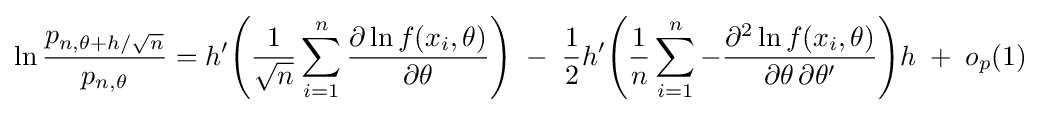
\ln {\frac {p_{n,\theta +h/{\sqrt {n}}}}{p_{n,\theta }}}=h'{\Bigg (}{\frac {1}{\sqrt {n}}}\sum _{i=1}^{n}{\frac {\partial \ln f(x_{i},\theta )}{\partial \theta }}{\Bigg )}\;-\;{\frac {1}{2}}h'{\Bigg (}{\frac {1}{n}}\sum _{i=1}^{n}-{\frac {\partial ^{2}\ln f(x_{i},\theta )}{\partial \theta \,\partial \theta '}}{\Bigg )}h\;+\;o_{p}(1)